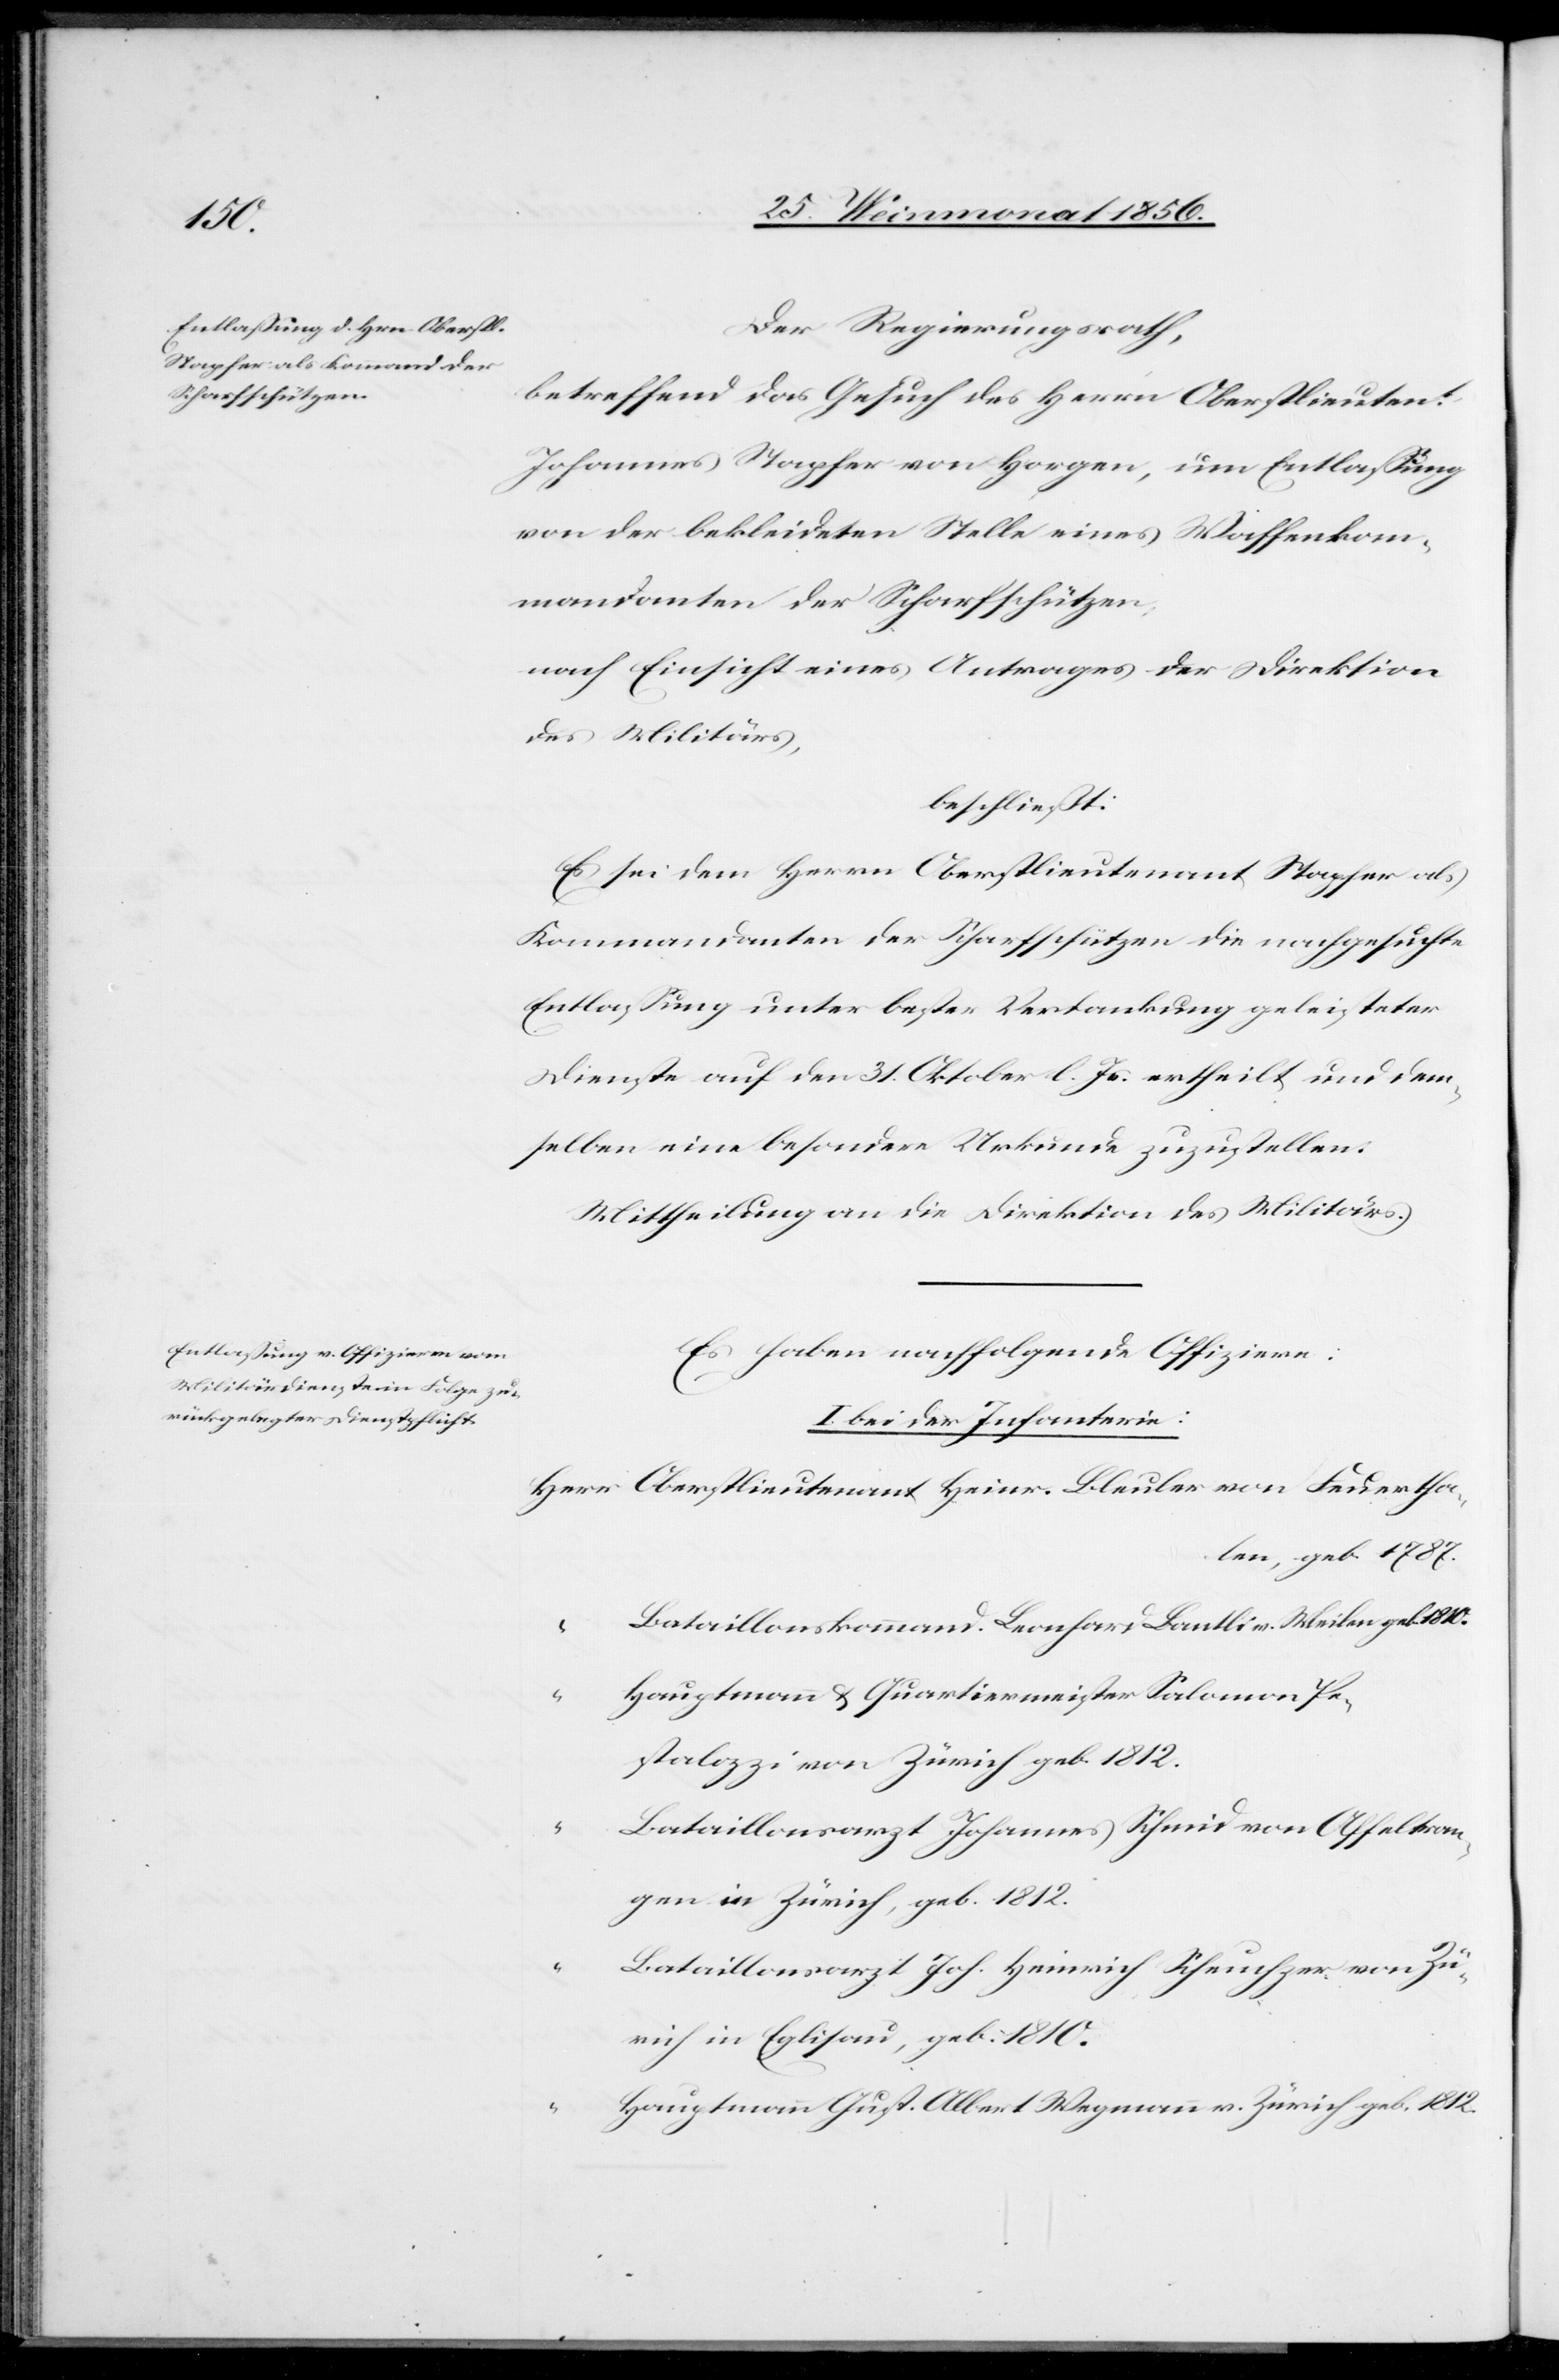
Der Regierungsrath,
betreffend das Gesuch des Herrn Oberstlieutent
Johannes Stapfer von Horgen, um Entlassung
von der bekleideten Stelle eines Waffenkom¬
mandanten der Scharfschützen;
nach Einsicht eines Antrages der Direktion
des Militärs,
beschließt:
Es sei dem Herrn Oberstlieutenant Stapfer als
Kommandanten der Scharfschützen die nachgesuchte
Entlassung unter bester Verdankung geleisteter
Dienste auf den 31. Oktober l. Js. ertheilt und dem¬
selben eine besondere Urkunde zuzustellen.
Mittheilung an die Direktion des Militärs.
Es haben nachfolgende Offiziere:
I. bei der Infanterie:
Herr Oberstlieutenant Heinr. Bleuler von Feuertha¬
len, geb. 1787.
Bataillonskommand. Leonhard Bantli v. Meilen geb. 1810.
Hauptmann & Quartiermeister Salomon Pe¬
stalozzi von Zürich geb. 1812.
Bataillonsarzt Johannes Schmid von Affeltran¬
gen in Zürich, geb. 1812.
Bataillonsarzt Joh. Heinrich Scheuchzer von Zü¬
rich in Eglisau, geb. 1810.
Hauptmann Gust. Albert Wegmann v. Zürich geb. 1812.